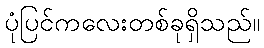
ပုံပြင်ကလေးတစ်ခုရှိသည်။